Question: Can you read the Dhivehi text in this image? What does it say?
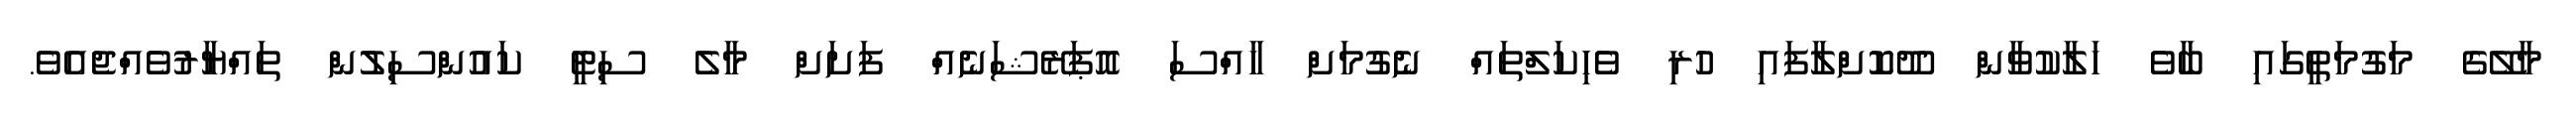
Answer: މާލޭގެ މަގުމަތީގައި ބާވެ ހަލާކުވާން ދޫކޮށްލާފައި ހުރި ވެހިކަލްތައް ނެގުމަށް ހާއްސަ އޮޕަރޭޝަނެއް ފަށަށް މާލެ ސިޓީ ކައުންސިލުން ތައްޔާރުވެއްޖެއެވެ.